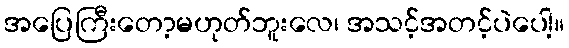
အပြေကြီးတော့မဟုတ်ဘူးလေ၊ အသင့်အတင့်ပဲပေါ့။